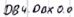
Text: DB4.DBX 0.0